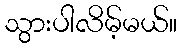
သွားပါလိမ့်မယ်။